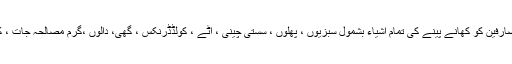
انہوںنے بتایاکہ 1550 کے قریب ان پوائنٹس پر صارفین کو کھانے پینے کی تمام اشیاء بشمول سبزیوں ، پھلوں ، سستی چینی ، آٹے ، کولڈڈرنکس ، گھی، دالوں ،گرم مصالحہ جات ، کوکنگ آئل وغیرہ کی فراہمی یقینی بنائی جائے گی۔